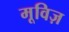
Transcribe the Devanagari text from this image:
मूविज़